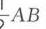
$\frac{1}{2}AB$